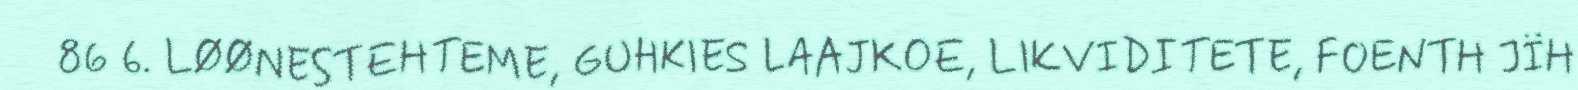
86 6. LØØNESTEHTEME, GUHKIES LAAJKOE, LIKVIDITETE, FOENTH JÏH